Medical and sanitary report of the native army of Bengal for the year
Year: 1877
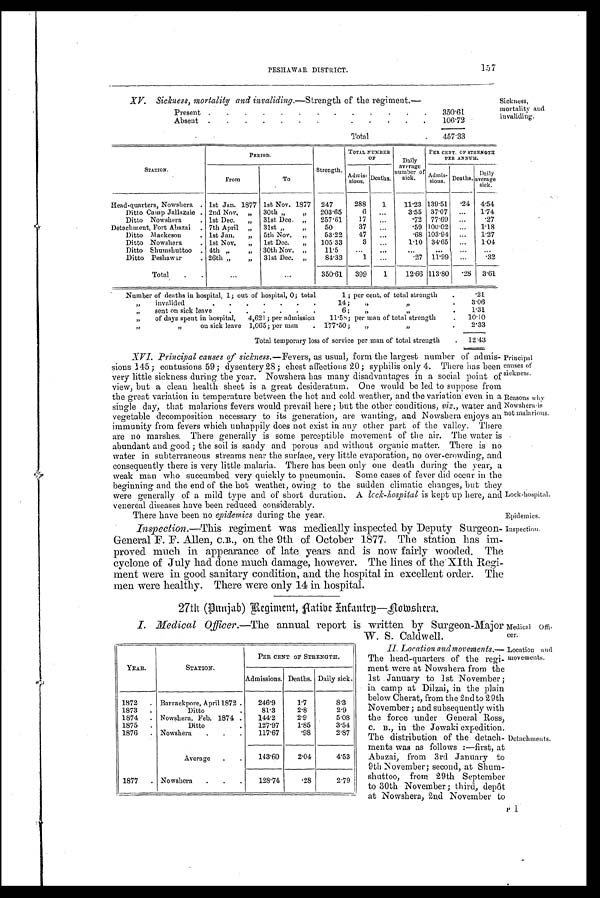
Principal
causes of
sickness.
Reasons why
N o w s h e r a i s
not malarious.
Lock-hospital.
Epidemics.
Inspection.
PESHAWAR DISTRICT.
157
XV. Sickness, mortality and invaliding .—Strength of the regiment.—
Present .
.
.
.
.
.
.
.
.
.
.
.
.
3 5 0 . 6 1
Absent
.
.
.
.
.
.
.
.
.
.
.
.
1 0 6 . 7 2
Total
. .
.
457.33
Sickness,
mortality and
invaliding.
PERIOD.
Strength.
TOTAL NUMBER
OF
Daily
average
number of
sick.
PER CENT. OF STRENGTH
PER ANNUM.
STATION.
From
To
Admis-
sions.
Deaths.
Admis-
sions.
Deaths.
Daily
average
sick.
Head-quarters, Nowshera. . 1st Jan. 1877 1st Nov. 1877
247
288
1
11.23 139.51
. 2 4 4.54
Ditto Camp Jallazaie . 2nd Nov.
„
30th ,,
,,
203.65
6
...
3.55
37.07
...
1.74
Ditto Nowshera
. 1st Dec
„
31st Dce.
„
257.61
17
...
.72
77.69
...
.27
Detachment, Fort Abazai
. 7th April
„
31st „
„
50
37
...
.59 100.02
...
1.18
Ditto
Mackeson
. 1st Jan.
„
5th Nov.
„
53.22
47
...
.68 103.94
...
1.27
Ditto Nowshera
. 1st Nov.
„
1st Dec.
„
105.33
3
...
1 . 1 0
3 4 . 6 5
...
1 . 0 4
Ditto Shumshuttoo
. 4th „
„
30th Nov.
„
11.5
...
... ...
...
...
...
Ditto Peshawar
. 26th „
„
31st Dec.
„
84.33
1
...
27
11.99
...
.32
Total
.
.
...
...
350.61
399
1
12.66 113.80
.28
3.61
Number of deaths in hospital, 1; out of hospital, 0; total
1 ; per cent. of total strength
.
.21
„
invalided
.
.
.
.
.
14;
„ „
.
3.0
„
sent on sick leave
.
.
.
.
.
.
6;
„
„
.
1.31
„
of days spent in hospital,
4,621 ; per admission
11.58; per man of total strength
.
10.10
„
„
on sick leave 1,065; per man
.
177.50;
„
„
.
2.33
Total temporary loss of service per man of total strength
.
12.43
XVI. Principal causes of sickness.- Fevers , as usual, form the largest number of admis-
sions 145; contusions 59; dysentery 28; chest affections 20; syphilis only 4. There has been
very little sickness during the year. Nowshera has many disadvantages in a social point of
view, but a clean health sheet is a great desideratum. One would be led to suppose from
the great variation in temperature between the hot and cold weather, and the variation' even in a
single day, that malarious fevers would prevail here ; but the other conditions, viz., water and
vegetable decomposition necessary to its generation, are Wanting, and Nowshera enjoys an
immunity from fevers which unhappily does not exist in any other part of the valley. There
are no marshes. There generally is some perceptible movement of the air. The water is
abundant and good ; the soil is sandy and porous and without organic matter. There is no
water in subterraneous streams near the surface, very little evaporation, no over-crowding, and
consequently there is very little malaria. There has been only one death during the year, a
weak man who succumbed very quickly to pneumonia. Some cases of fever did occur in the
beginning and the end of the hot weather, owing to the sudden climatic changes, but they
were generally of a mild type and of short duration. A lock-hospital is kept up here, and
venereal diseases have been reduced considerably.
There have been no epidemics during the year.
Inspection.— This regiment was medically inspected by Deputy Surgeon-
General F. F. Allen, C.B., on the 9th of October 1877. The station has im-
proved much in appearance of late years and is now fairly wooded. The
cyclone of July had done much damage, however. The lines of the XIth Regi-
ment were in good sanitary condition, and the hospital in excellent order. The
men were healthy. There were only 14. in. hospital.
27th (Punjab) Regiment, Aatibe Infantry-Nowshera.
I. Medical Officer.—The
annual report is written by Surgeon-Major
W. S. Caldwell.
II. Location and movements.—
The head-quarters of the regi-
ment were at Nowshera from the
1st January to 1st November ;
in camp at Dilzai, in the plain
below Cherat, from the 2nd to 29th
November ; and subsequently with
the force under General Ross,
C . B . , i n t h e J o w a k i e x p e d i t i o n .
The distribution of the detach-
ments was as follows :—first, at
Abazai, from 3rd January to
9th November; second, at Shum-
shuttoo, from 29th September
to 30th November ; third, depôt
at Nowshera, 2nd November to
YEAR.
STATION.
PER CENT OF STRENGTH.
Admissions. Deaths. Daily sick.
1872
.
Barrackpore, April 1872
.
246.9
1.7
8.3
1873
.
Ditto
.
81.3
2.8
2.9
1874
.
Nowshera, Feb. 1874 .
144.2
2.9
5.08
1875
.
Ditto
.
127.97
1.85
3.54
1876
. Nowshera
.
.
117.67
.98
2.87
Average
.
.
143.60
2.04
4.53
1877
. No Nowshera . .
.
128.74
.28
2.79
Medical Offi-
cer.
Location and
movements.
Detachments.
P1